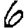
Digit: 6